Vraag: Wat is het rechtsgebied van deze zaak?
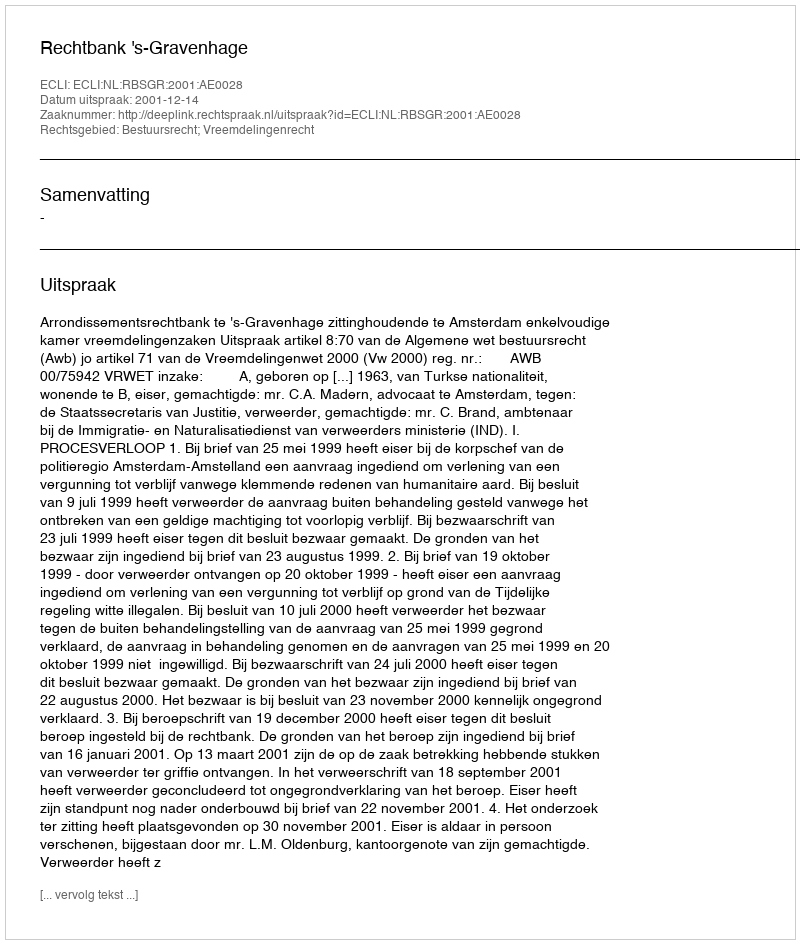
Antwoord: Bestuursrecht; Vreemdelingenrecht